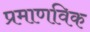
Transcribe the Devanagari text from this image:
प्रमाणविक